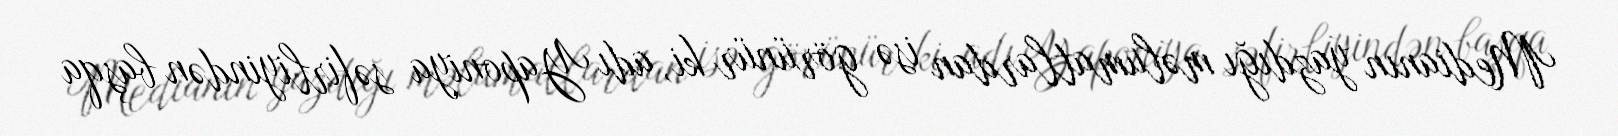
Medianın yazdığı məlumatlardan isə görünür ki, adı Yaponiya səfirliyindən başqa